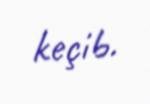
keçib.